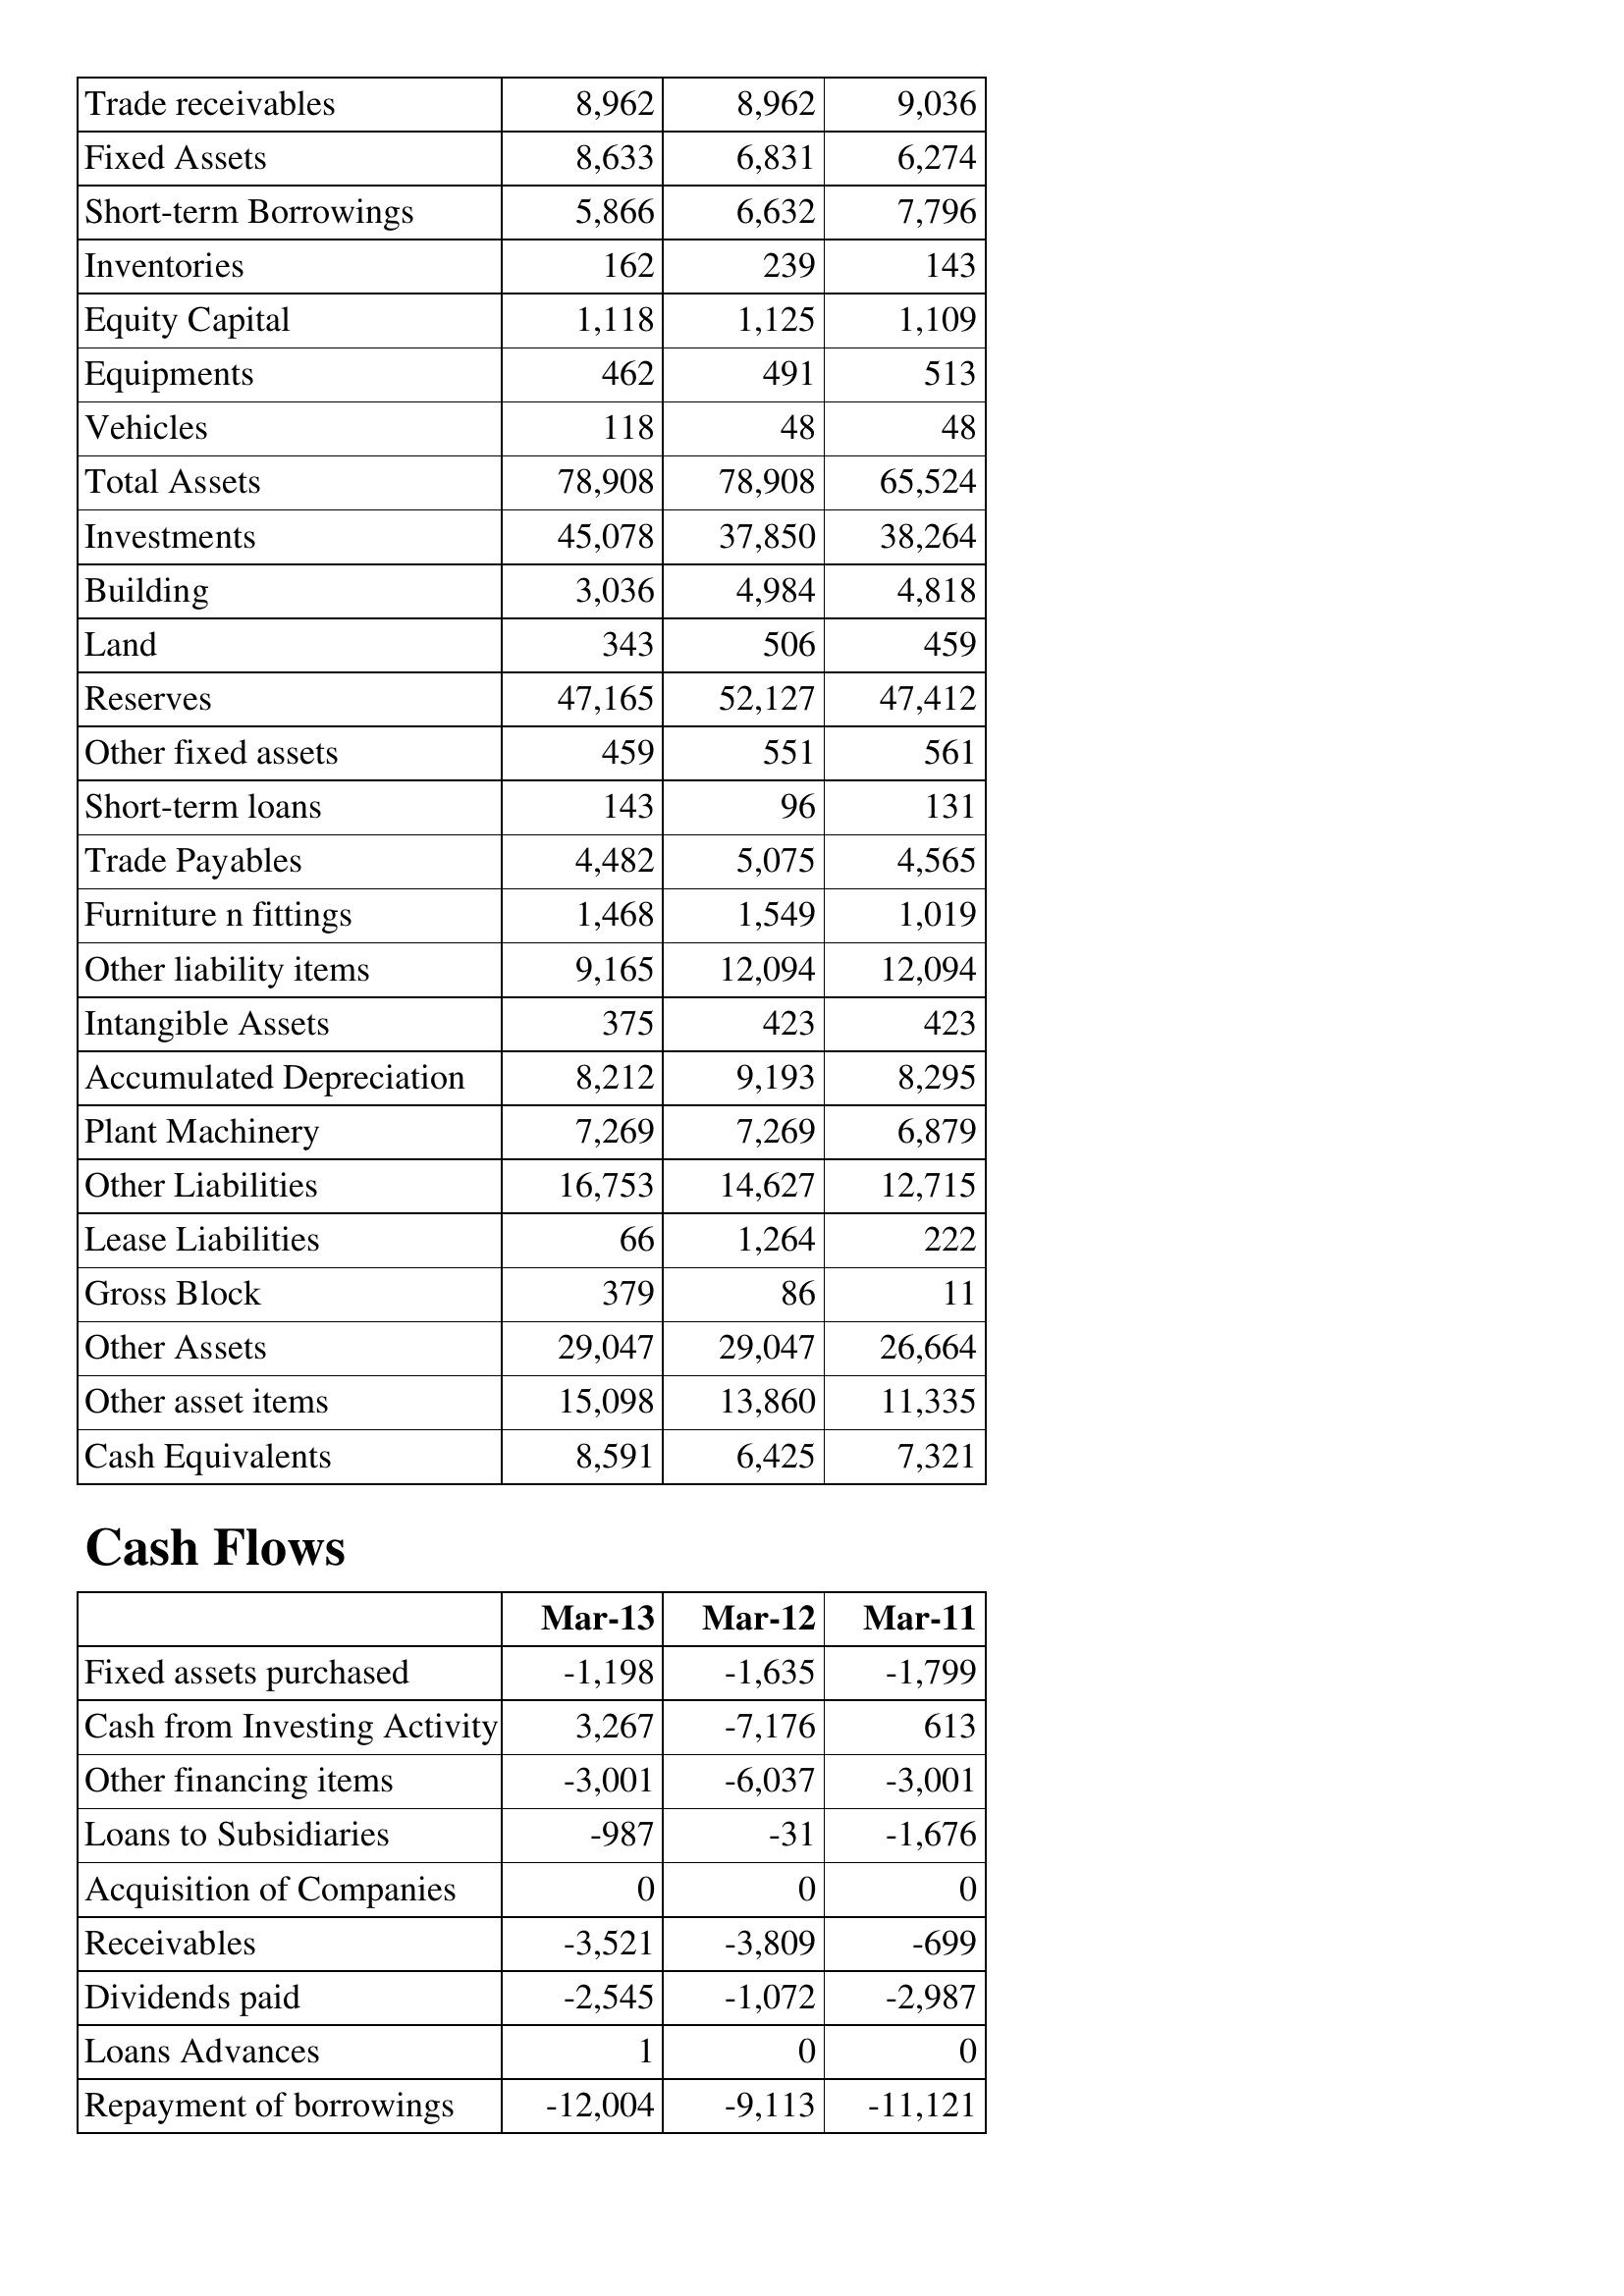
Mar-13: Balance Sheet: Trade receivables: 8,962
Fixed Assets: 8,633
Short-term Borrowings: 5,866
Inventories: 162
Equity Capital: 1,118
Equipments: 462
Vehicles: 118
Total Assets: 78,908
Investments: 45,078
Building: 3,036
Land: 343
Reserves: 47,165
Other fixed assets: 459
Short-term loans: 143
Trade Payables: 4,482
Furniture n fittings: 1,468
Other liability items: 9,165
Intangible Assets: 375
Accumulated Depreciation: 8,212
Plant Machinery: 7,269
Other Liabilities: 16,753
Lease Liabilities: 66
Gross Block: 379
Other Assets: 29,047
Other asset items: 15,098
Cash Equivalents: 8,591
Cash Flows: Fixed assets purchased: -1,198
Cash from Investing Activity: 3,267
Other financing items: -3,001
Loans to Subsidiaries: -987
Acquisition of Companies: 0
Receivables: -3,521
Dividends paid: -2,545
Loans Advances: 1
Repayment of borrowings: -12,004
Mar-12: Balance Sheet: Trade receivables: 8,962
Fixed Assets: 6,831
Short-term Borrowings: 6,632
Inventories: 239
Equity Capital: 1,125
Equipments: 491
Vehicles: 48
Total Assets: 78,908
Investments: 37,850
Building: 4,984
Land: 506
Reserves: 52,127
Other fixed assets: 551
Short-term loans: 96
Trade Payables: 5,075
Furniture n fittings: 1,549
Other liability items: 12,094
Intangible Assets: 423
Accumulated Depreciation: 9,193
Plant Machinery: 7,269
Other Liabilities: 14,627
Lease Liabilities: 1,264
Gross Block: 86
Other Assets: 29,047
Other asset items: 13,860
Cash Equivalents: 6,425
Cash Flows: Fixed assets purchased: -1,635
Cash from Investing Activity: -7,176
Other financing items: -6,037
Loans to Subsidiaries: -31
Acquisition of Companies: 0
Receivables: -3,809
Dividends paid: -1,072
Loans Advances: 0
Repayment of borrowings: -9,113
Mar-11: Balance Sheet: Trade receivables: 9,036
Fixed Assets: 6,274
Short-term Borrowings: 7,796
Inventories: 143
Equity Capital: 1,109
Equipments: 513
Vehicles: 48
Total Assets: 65,524
Investments: 38,264
Building: 4,818
Land: 459
Reserves: 47,412
Other fixed assets: 561
Short-term loans: 131
Trade Payables: 4,565
Furniture n fittings: 1,019
Other liability items: 12,094
Intangible Assets: 423
Accumulated Depreciation: 8,295
Plant Machinery: 6,879
Other Liabilities: 12,715
Lease Liabilities: 222
Gross Block: 11
Other Assets: 26,664
Other asset items: 11,335
Cash Equivalents: 7,321
Cash Flows: Fixed assets purchased: -1,799
Cash from Investing Activity: 613
Other financing items: -3,001
Loans to Subsidiaries: -1,676
Acquisition of Companies: 0
Receivables: -699
Dividends paid: -2,987
Loans Advances: 0
Repayment of borrowings: -11,121